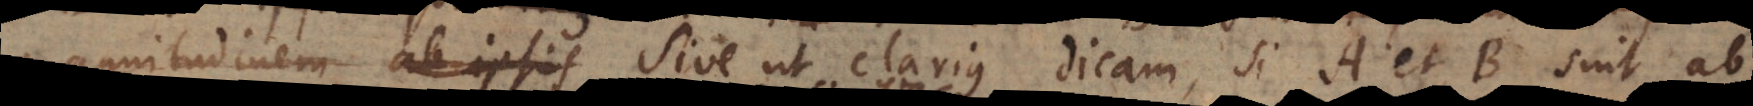
magnitudinem ab ipsis sive ut clarius dicam, si A et B sint ab